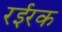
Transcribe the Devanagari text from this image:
रईरक